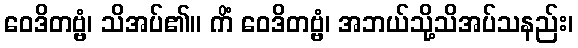
ဝေဒိတဗ္ဗံ၊ သိအပ်၏။ ကိံ ဝေဒိတဗ္ဗံ၊ အဘယ်သို့သိအပ်သနည်း၊